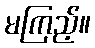
မကြည့်။